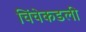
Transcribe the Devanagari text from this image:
चिंचेकडली